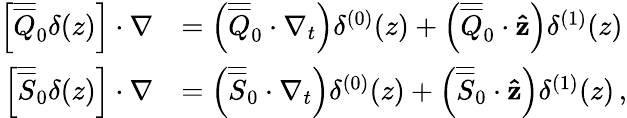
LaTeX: \begin{array}{rl}{\left[\overline{{\overline{{Q}}}}_{0}\delta(z)\right]\cdot\nabla}&{=\left(\overline{{\overline{{Q}}}}_{0}\cdot\nabla_{t}\right)\delta^{(0)}(z)+\left(\overline{{\overline{{Q}}}}_{0}\cdot\mathbf{\hat{z}}\right)\delta^{(1)}(z)}\\ {\left[\overline{{\overline{{S}}}}_{0}\delta(z)\right]\cdot\nabla}&{=\left(\overline{{\overline{{S}}}}_{0}\cdot\nabla_{t}\right)\delta^{(0)}(z)+\left(\overline{{\overline{{S}}}}_{0}\cdot\mathbf{\hat{z}}\right)\delta^{(1)}(z)\, ,}\end{array}